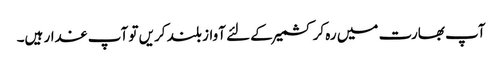
آپ بھارت میں رہ کر کشمیر کے لئے آواز بلند کریں تو آپ غدار ہیں۔